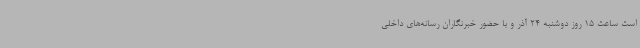
است ساعت 15 روز دوشنبه 24 آذر و با حضور خبرنگاران رسانه‌های داخلی